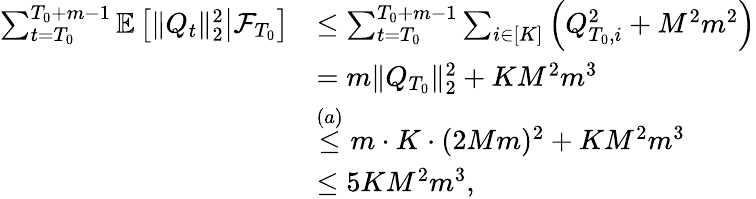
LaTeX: \begin{array}{rl}{\sum_{t=T_{0}}^{T_{0}+m-1}\mathbb E\left[\left.\lVert Q_{t}\rVert_{2}^{2}\right\rvert\mathcal F_{T_{0}}\right]}&{\le\sum_{t=T_{0}}^{T_{0}+m-1}\sum_{i\in[K]}\left(Q_{T_{0},i}^{2}+M^{2}m^{2}\right)}\\ &{=m\lVert Q_{T_{0}}\rVert_{2}^{2}+KM^{2}m^{3}}\\ &{\stackrel{(a)}\le m\cdot K\cdot(2Mm)^{2}+KM^{2}m^{3}}\\ &{\le 5KM^{2}m^{3},}\end{array}